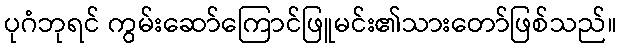
ပုဂံဘုရင် ကွမ်းဆော်ကြောင်ဖြူမင်း၏သားတော်ဖြစ်သည်။